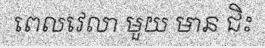
ពេលវេលា មួយ មាន ជិះ